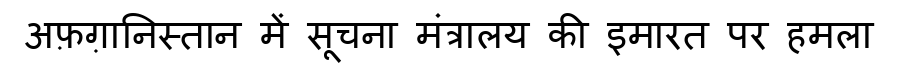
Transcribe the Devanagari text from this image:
अफ़ग़ानिस्तान में सूचना मंत्रालय की इमारत पर हमला